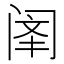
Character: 𫔳